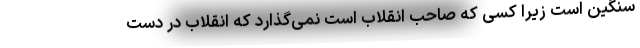
سنگین است زیرا کسی که صاحب انقلاب است نمی‌گذارد که انقلاب در دست‌